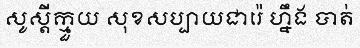
សូស្តីក្មួយ សុខសប្បាយជារ៉េ ហ្នឹង បាត់